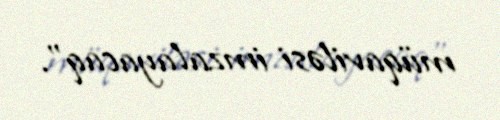
müqaviləsi imzalayacaq”.